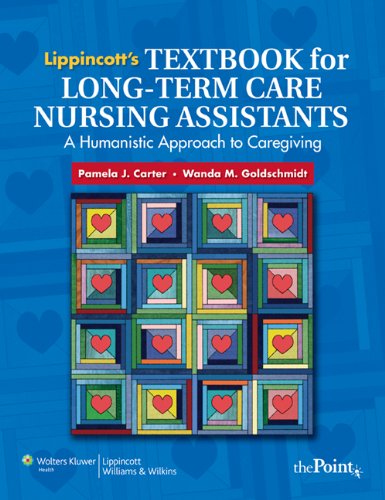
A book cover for Lippincott's Textbook for Long-Term Care Nursing Assistants: A Humanistic Approach to Caregiving; Pamela J. Carter RN  BSN  MEd  CNOR; Medical Books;